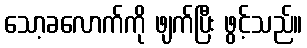
သော့ခလောက်ကို ဖျက်ပြီး ဖွင့်သည်။